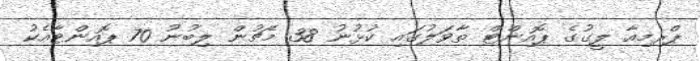
ޕްރިމިއާ ލީގުގެ ޕޮއިންޓް ތާވަލުގައި ކުޅުނު 38 މެޗުން ލިބުނު 70 ޕޮއިންޓާއެކު